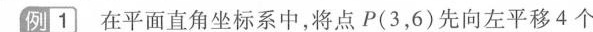
例1在平面直角坐标系中，将点P(3,6)先向左平移4个